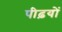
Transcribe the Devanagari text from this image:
पीढ़यों